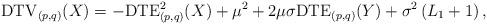
LaTeX: \begin{align*} &\mathrm{DTV}_{(p,q)}(X)=-\mathrm{DTE}_{(p,q)}^{2}(X)+\mu^{2}+2\mu\sigma\mathrm{DTE}_{(p,q)}(Y)+\sigma^{2}\left(L_{1}+1\right),\end{align*}